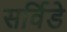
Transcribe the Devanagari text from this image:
सर्विडे